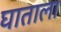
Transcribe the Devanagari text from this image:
घाताला